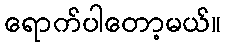
ရောက်ပါတော့မယ်။